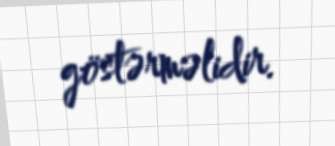
göstərməlidir.